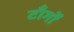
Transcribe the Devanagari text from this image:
टाँर्गों